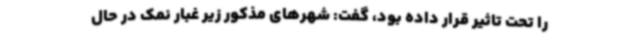
را تحت تاثیر قرار داده بود، گفت: شهرهای مذکور ‌زیر غبار نمک در حال